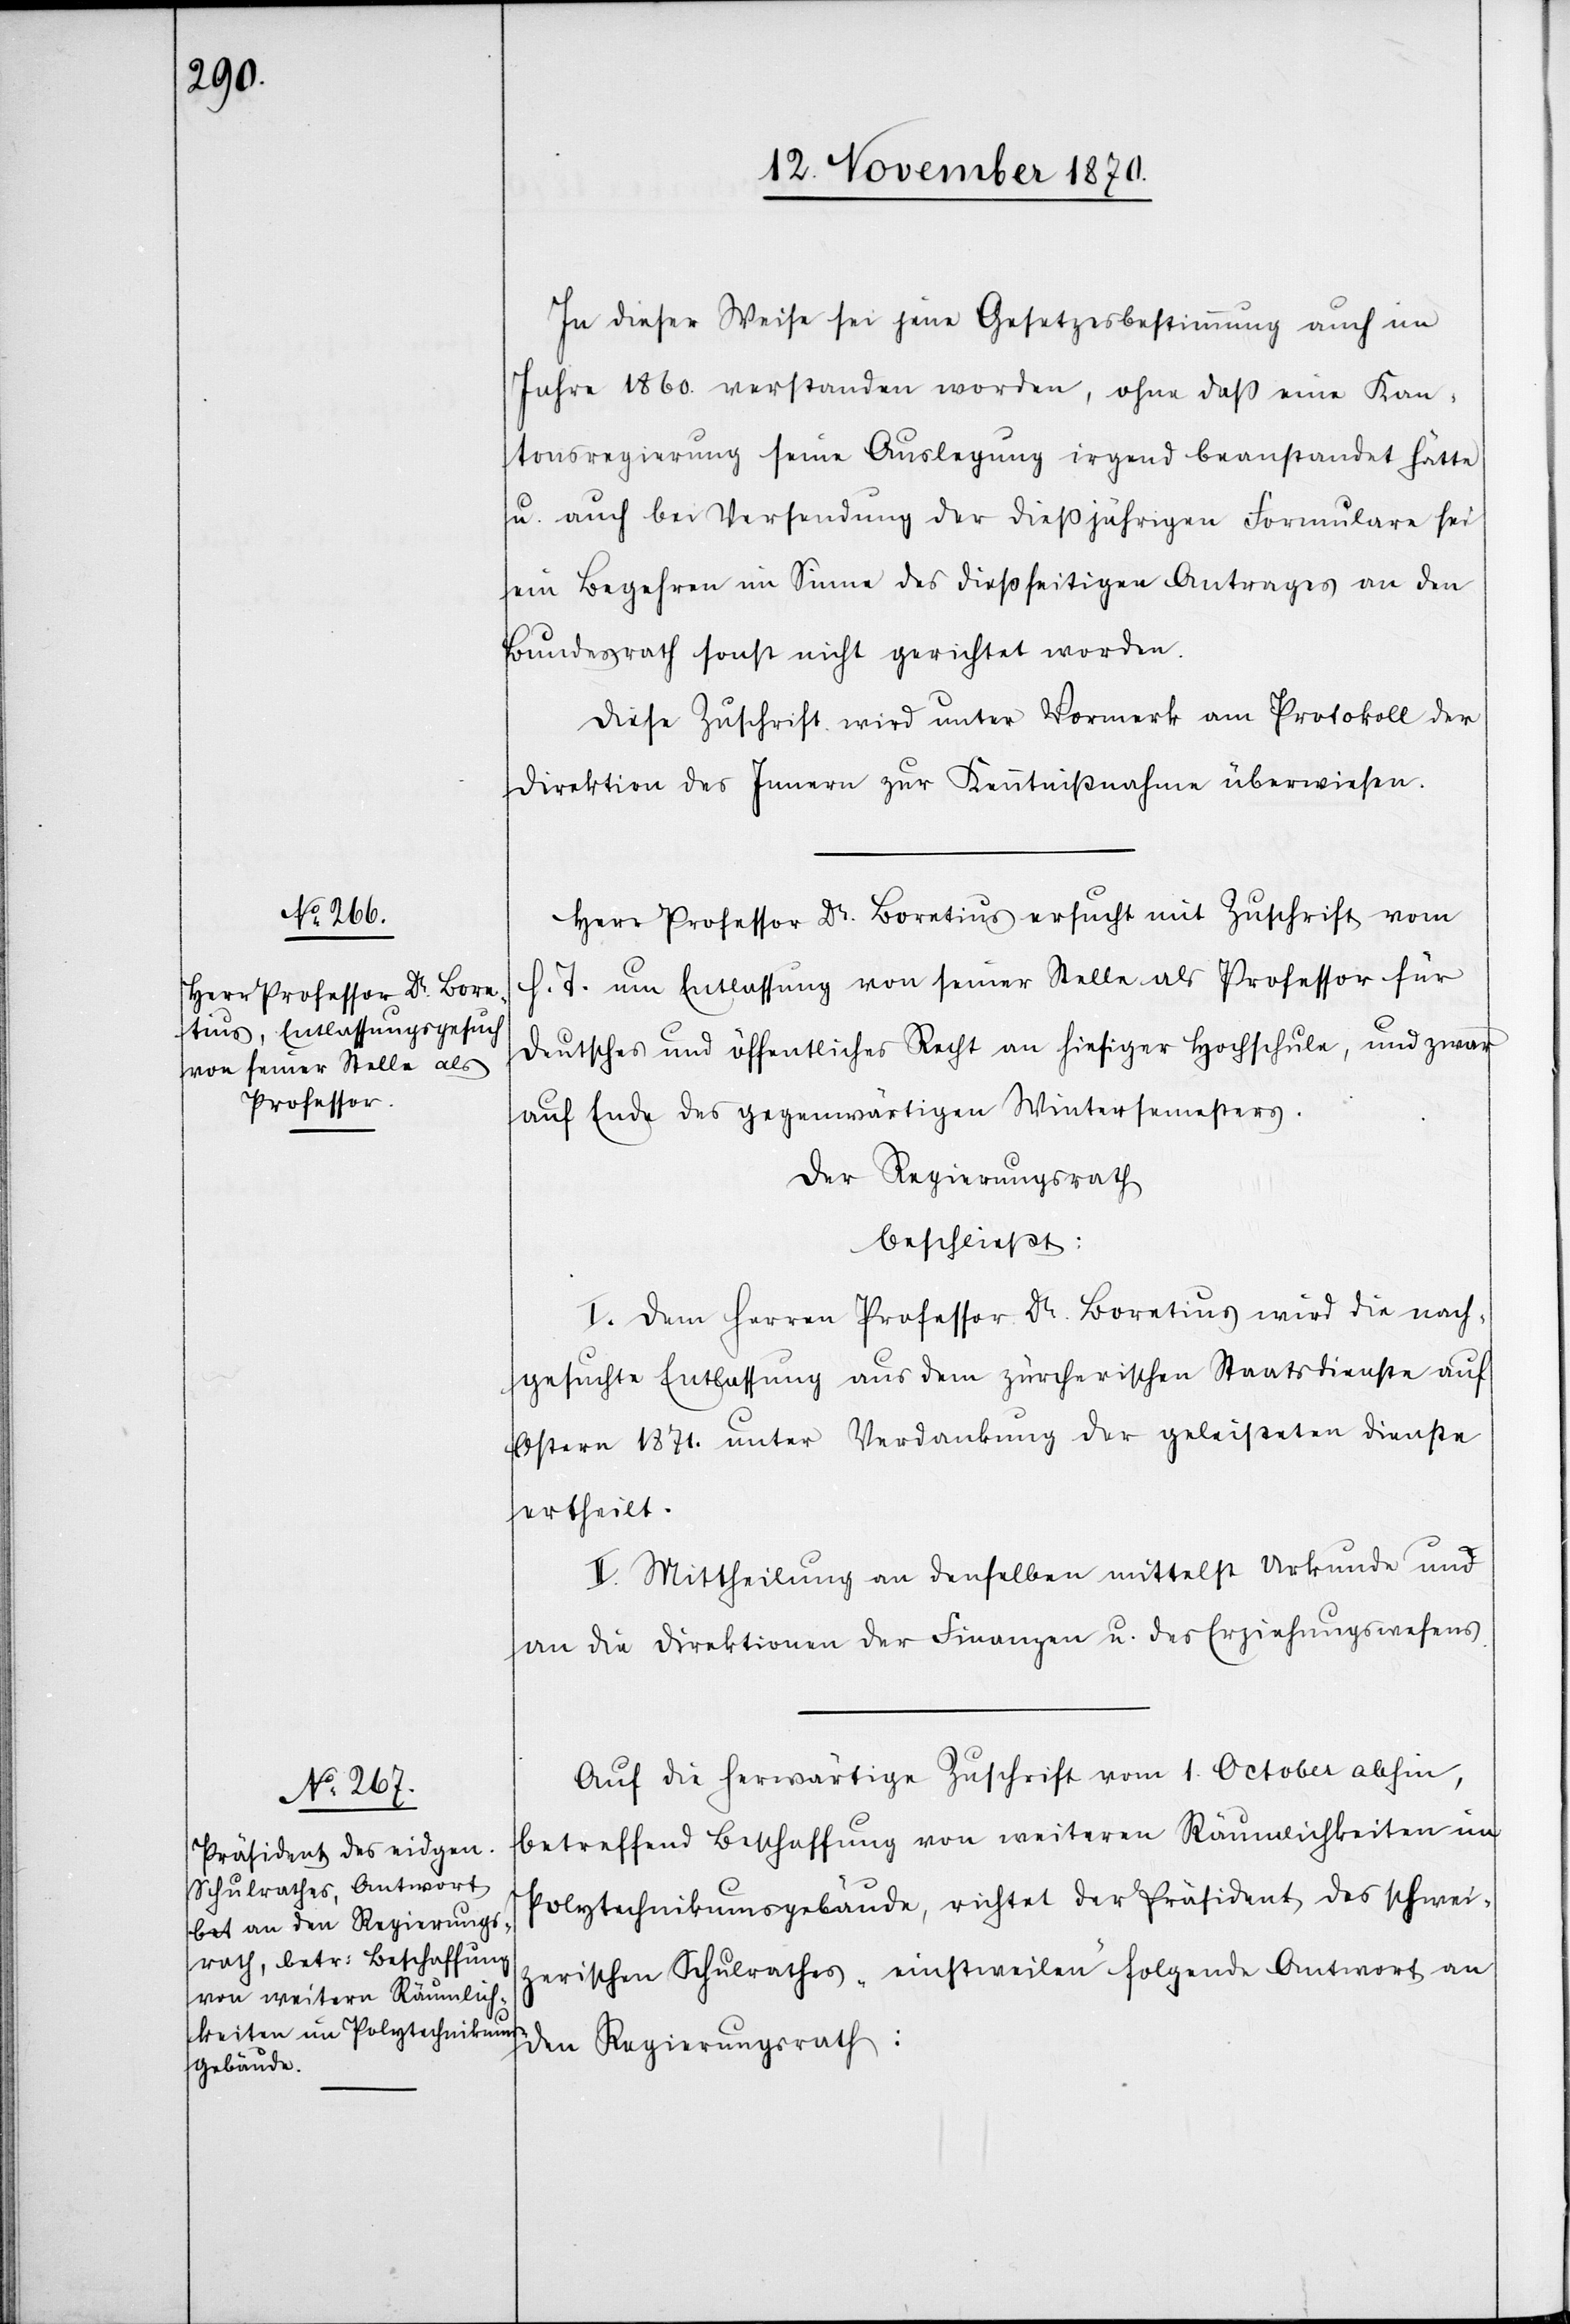
In dieser Weise sei jene Gesetzesbestimmung auch im
Jahre 1860. verstanden worden, ohne daß eine Kan¬
tonsregierung seine Auslegung irgend beanstandet hätte
u. auch bei Versendung der dießjährigen Formulare sei
ein Begehren im Sinne des dießseitigen Antrages an den
Bundesrath sonst nicht gerichtet worden.
Diese Zuschrift wird unter Vormerk am Protokoll der
Direktion des Innern zur Kenntnißnahme überwiesen.
Herr Professor Dr. Lorentius ersucht mit Zuschrift vom
h. T. um Entlassung von seiner Stelle als Professor für
deutsches und öffentliches Recht an hiesiger Hochschule, und zwar
auf Ende des gegenwärtigen Wintersemesters.
Der Regierungsrath
beschließt:
I. Dem Herren Professor Dr. Lorentius wird die nach¬
gesuchte Entlassung aus dem zürcherischen Staatsdienste auf
Ostern 1871. unter Verdankung der geleisteten Dienste
ertheilt.
II. Mittheilung an denselben mittelst Urkunde und
an die Direktionen der Finanzen u. des Erziehungswesens.
Auf die herwärtige Zuschrift vom 1. October abhin,
betreffend Beschaffung von weiteren Räumlichkeiten im
Polytechnikumsgebäude, richtet der Präsident des schwei¬
zerischen Schulrathes „einstweilen“ folgende Antwort an
den Regierungsrath: